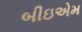
બીઇએમ